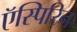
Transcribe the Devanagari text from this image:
ऍस्पिरिन